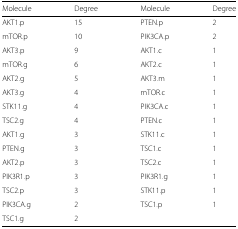
| Molecule | Degree | Molecule | Degree |
 | --- | --- | --- | --- |
 | AKT1.p | 15 | PTEN.p | 2 |
 | mTOR.p | 10 | PIK3CA.p | 2 |
 | AKT3.p | 9 | AKT1.c | 1 |
 | mTOR.g | 6 | AKT2.c | 1 |
 | AKT2.g | 5 | AKT3.m | 1 |
 | AKT3.g | 4 | mTOR.c | 1 |
 | STK11.g | 4 | PIK3CA.c | 1 |
 | TSC2.g | 4 | PTEN.c | 1 |
 | AKT1.g | 3 | STK11.c | 1 |
 | PTEN.g | 3 | TSC1.c | 1 |
 | AKT2.p | 3 | TSC2.c | 1 |
 | PIK3R1.p | 3 | PIK3R1.g | 1 |
 | TSC2.p | 3 | STK11.p | 1 |
 | PIK3CA.g | 2 | TSC1.p | 1 |
 | TSC1.g | 2 |  |  |